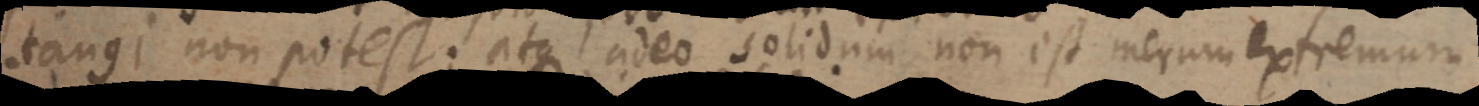
tangi non potest; atque adeo solidum non est merum extremum